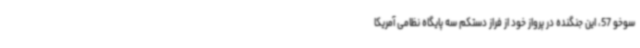
سوخو 57، این جنگنده در پرواز خود از فراز دستکم سه پایگاه نظامی آمریکا